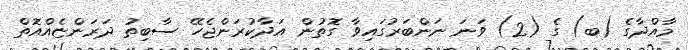
މާއްދާގެ (ބ) ގެ (2) ވަނަ ނަންބަރުގައިވާ ގޮތުން އަދާކުރަންޖެހޭ ސާބިތު ދަރަންޏެއްއޮތް